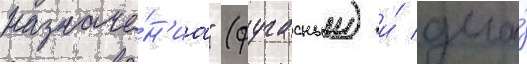
назначе́н'иа" (фугасныи) и́ два́